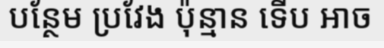
បន្ថែម ប្រវែង ប៉ុន្មាន ទើប អាច